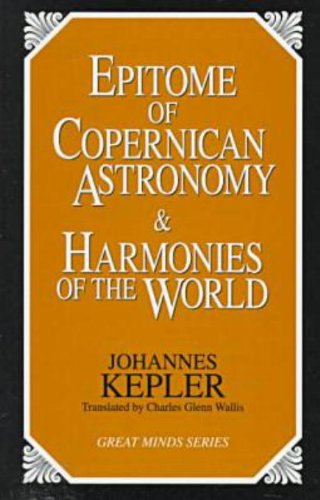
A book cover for Epitome of Copernican Astronomy and Harmonies of the World (Great Minds Series); Johannes Kepler; Politics & Social Sciences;